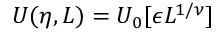
U ( \eta , L ) = U _ { 0 } [ \epsilon L ^ { 1 / \nu } ]